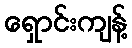
ရှောင်းကျန့်